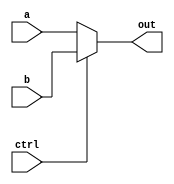
`timescale 1ns / 1ps

module MUX(
	input [31:0] a,
	input [31:0] b,
	input ctrl,
	output [31:0] out
    );
assign out = (ctrl==1)?b:a;

endmodule